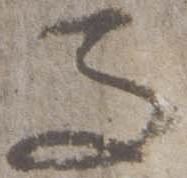
而